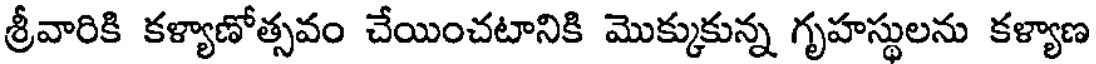
శ్రీవారికి కళ్యాణోత్సవం చేయించటానికి మొక్కుకున్న గృహస్థులను కళ్యాణ